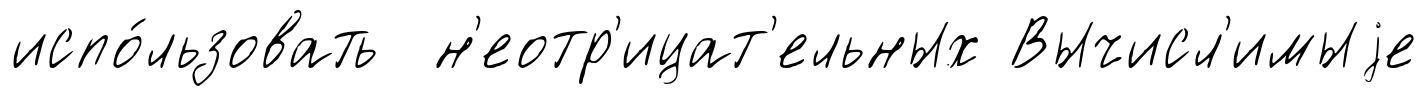
испо́льзовать н'еотр'ицат'ельных Вычисл'имыjе